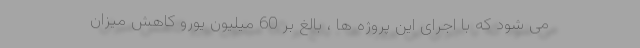
می شود که با اجرای این پروژه ها ، بالغ بر 60 میلیون یورو کاهش میزان